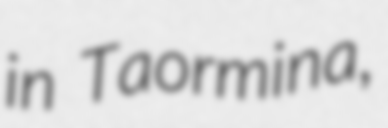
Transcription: in Taormina,